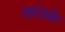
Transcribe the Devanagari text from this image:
खांडके